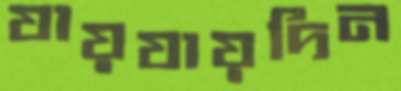
যায়যায়দিন